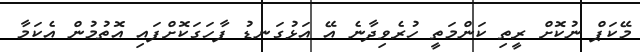
މޭކަޕް ނުކޮށް ރީތި ކަންމަތީ ހުރެވިދާނެ އޭ އަޅުގަނޑު ފާހަގަކޮށްފައި އޮތުމުން އެކަމާ